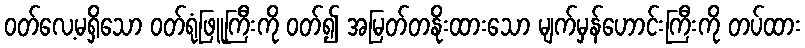
ဝတ်လေ့မရှိသော ဝတ်ရုံဖြူကြီးကို ဝတ်၍ အမြတ်တနိုးထားသော မျက်မှန်ဟောင်းကြီးကို တပ်ထား